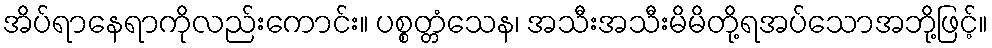
အိပ်ရာနေရာကိုလည်းကောင်း။ ပစ္စတ္တံသေန၊ အသီးအသီးမိမိတို့ရအပ်သောအဘို့ဖြင့်။